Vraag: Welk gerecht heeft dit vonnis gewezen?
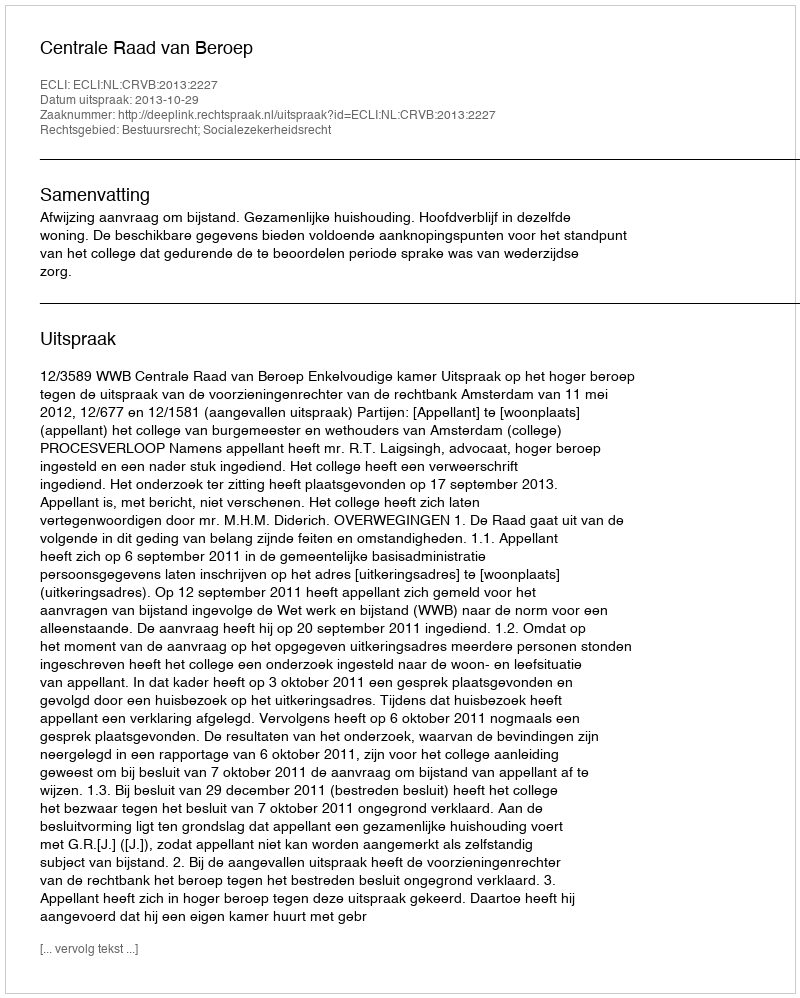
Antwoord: Centrale Raad van Beroep